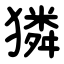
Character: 獜